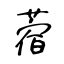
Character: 蓿